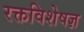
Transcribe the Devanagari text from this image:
रक्तविशेषज्ञ